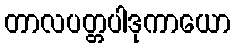
တာလပတ္တပါဒုကာယော